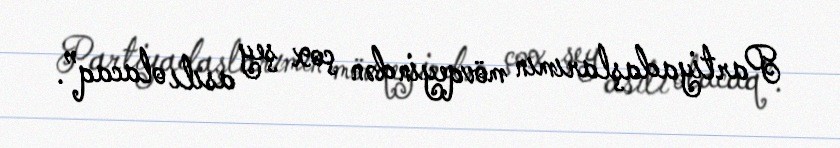
Partiyadaşlarımın mövqeyindən çox şey asılı olacaq”.